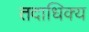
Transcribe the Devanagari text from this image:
तदाधिक्य